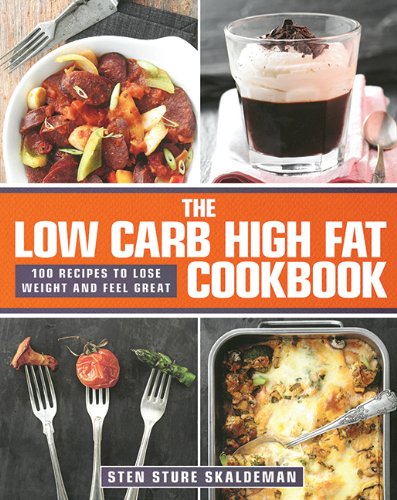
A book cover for The Low Carb High Fat Cookbook: 100 Recipes to Lose Weight and Feel Great; Sten Sture Skaldeman; Cookbooks, Food & Wine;